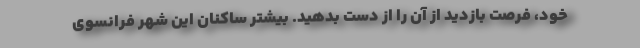
خود، فرصت بازدید از آن را از دست بدهید. بیشتر ساکنان این شهر فرانسوی